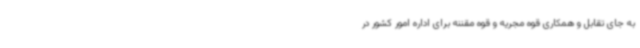
به جای تقابل و همکاری قوه مجریه و قوه مقننه برای اداره امور کشور در